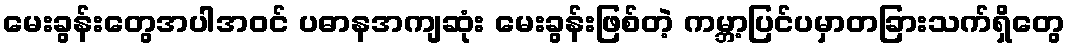
မေးခွန်းတွေအပါအဝင် ပဓာနအကျဆုံး မေးခွန်းဖြစ်တဲ့ ကမ္ဘာ့ပြင်ပမှာတခြားသက်ရှိတွေ